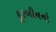
દૂરબીનનો